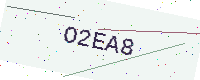
Text: O2EA8